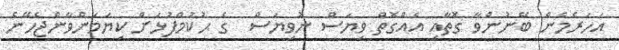
އަހަރެމެން ބޭނުންވާ ގޮތާއި އެއްގޮތް ވިޔަސް ނުވިޔަސް  ގެ ޙުކުމްފުޅަށް ކިޔަމަންވާންޖެހޭނެ